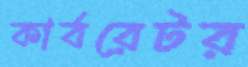
কার্বরেটর